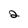
Character: 2